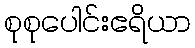
စုစုပေါင်းဧရိယာ